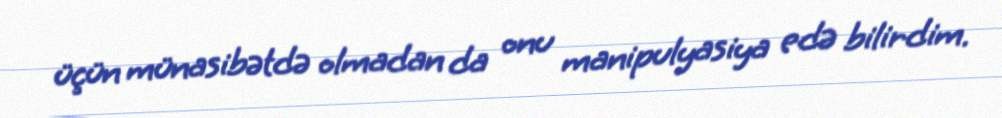
üçün münasibətdə olmadan da onu manipulyasiya edə bilirdim.